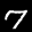
Label: 7